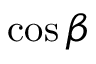
\cos \beta